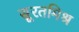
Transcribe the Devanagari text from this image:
सूरतमिश्र